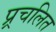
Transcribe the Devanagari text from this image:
प्र्रचलित